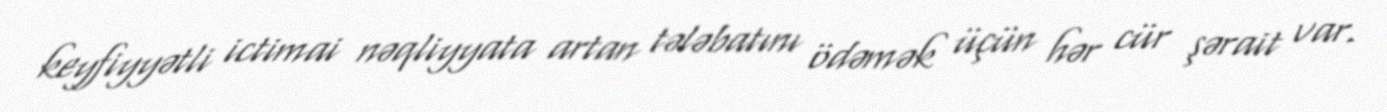
keyfiyyətli ictimai nəqliyyata artan tələbatını ödəmək üçün hər cür şərait var.